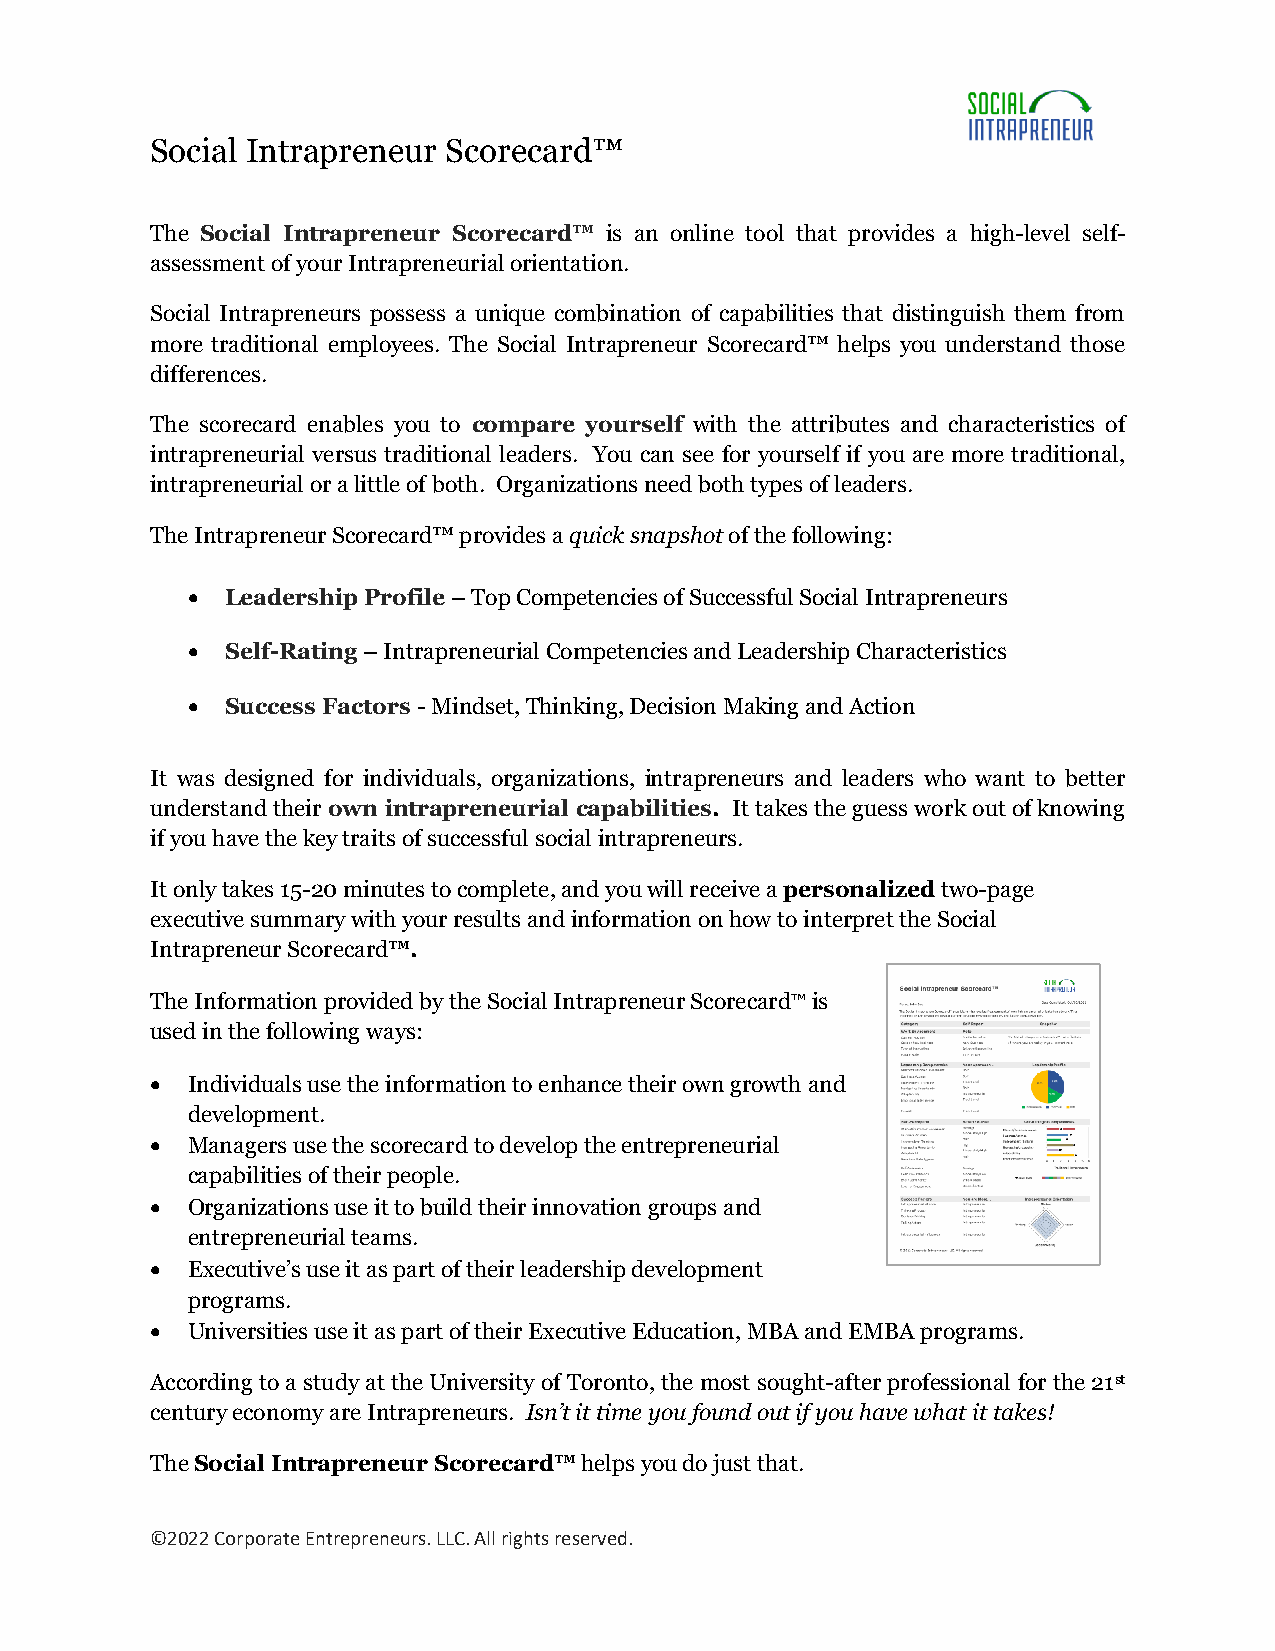
Social Intrapreneur Scorecard™
 The Social Intrapreneur Scorecard™ is an online tool that provides a high-level self-
 assessment of your Intrapreneurial orientation.
 Social Intrapreneurs possess a unique combination of capabilities that distinguish them from
 more traditional employees. The Social Intrapreneur Scorecard™ helps you understand those
 differences.
 The scorecard enables you to compare yourself with the attributes and characteristics of
 intrapreneurial versus traditional leaders. You can see for yourself if you are more traditional,
 intrapreneurial or a little of both. Organizations need both types of leaders.
 The Intrapreneur Scorecard™ provides a quick snapshot of the following:
 •  Leadership Profile – Top Competencies of Successful Social Intrapreneurs
 •  Self-Rating – Intrapreneurial Competencies and Leadership Characteristics
 •  Success Factors - Mindset, Thinking, Decision Making and Action
 It was designed for individuals, organizations, intrapreneurs and leaders who want to better
 understand their own intrapreneurial capabilities. It takes the guess work out of knowing
 if you have the key traits of successful social intrapreneurs.
 It only takes 15-20 minutes to complete, and you will receive a personalized two-page
 executive summary with your results and information on how to interpret the Social
 Intrapreneur Scorecard™.
 The Information provided by the Social Intrapreneur Scorecard™ is
 used in the following ways:
 • Individuals use the information to enhance their own growth and
 development.
 • Managers use the scorecard to develop the entrepreneurial
 capabilities of their people.
 • Organizations use it to build their innovation groups and
 entrepreneurial teams.
 • Executive’s use it as part of their leadership development
 programs.
 • Universities use it as part of their Executive Education, MBA and EMBA programs.
 According to a study at the University of Toronto, the most sought-after professional for the 21st
 century economy are Intrapreneurs. Isn’t it time you found out if you have what it takes!
 The Social Intrapreneur Scorecard™ helps you do just that.
 ©2022 Corporate Entrepreneurs. LLC. All rights reserved.